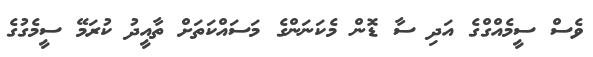
ވެސް ސީމެއްގްގެ އަދި ސާ ޑޮން މެކަނަންގެ މަސައްކަތަށް ތާއީދު ކުރަމޭ ސީމެގުގެ